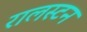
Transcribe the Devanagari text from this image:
रालस्टन